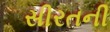
સીરતની